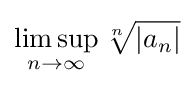
\limsup _{n\rightarrow \infty }{\sqrt[{n}]{|a_{n}|}}